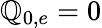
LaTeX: \mathbb{Q}_{0,e}=0